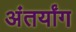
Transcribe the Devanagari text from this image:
अंतर्यांग